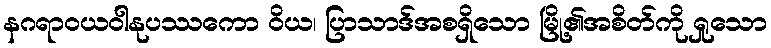
နဂရာဝယဝါနုပဿကော ဝိယ၊ ပြာသာဒ်အစရှိသော မြို့၏အစိတ်ကို ရှုသော